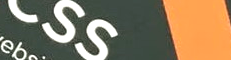
خدمة التوصيل